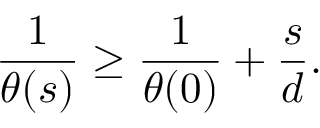
{ \frac { 1 } { \theta ( s ) } } \geq { \frac { 1 } { \theta ( 0 ) } } + { \frac { s } { d } } .